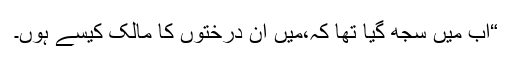
“اب میں سجھ گیا تھا کہ،میں ان درختوں کا مالک کیسے ہوں۔